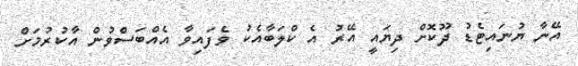
އޭނާ ޔުނައިޓެޑު ދޫކޮށް ދިޔައީ އޭރު އެ ކްލަބާއެކު ވެފައިވާ އެއްބަސްވުން އާކުރުމަށް